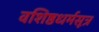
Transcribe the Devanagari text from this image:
वशिष्ठधर्मसूत्र